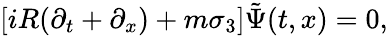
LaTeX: [iR(\partial_{t}+\partial_{x})+m\sigma_{3}]\tilde{\Psi}(t,x)=0,